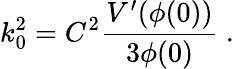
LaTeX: k_{0}^{2}=C^{2}{\frac{V^{\prime}(\phi(0))}{3\phi(0)}}\ .